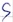
Text: S